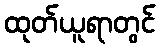
ထုတ်ယူရာတွင်